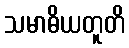
သမာဓိယတူတိ